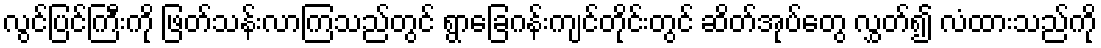
လွင်ပြင်ကြီးကို ဖြတ်သန်းလာကြသည်တွင် ရွာခြေဂန်းကျင်တိုင်းတွင် ဆိတ်အုပ်တွေ လွှတ်၍ လံထားသည်ကို